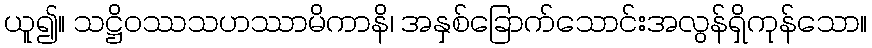
ယူ၍။ သဋ္ဌိဝဿသဟဿာမိကာနိ၊ အနှစ်ခြောက်သောင်းအလွန်ရှိကုန်သော။